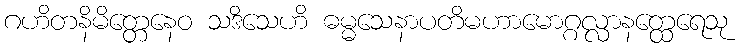
ဂဟိတနိမိတ္တေနေဝ သဒိသေဟိ ဓမ္မသေနာပတိမဟာမောဂ္ဂလ္လာနတ္ထေရေသု